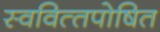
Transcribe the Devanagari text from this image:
स्‍ववित्‍तपोषित